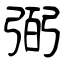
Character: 弼